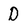
Character: D